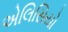
એલિસિયો